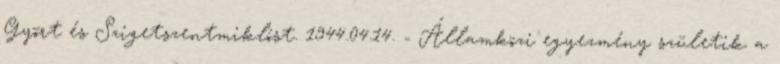
Gyõrt és Szigetszentmiklóst. 1944.04.14. - Államközi egyezmény születik a